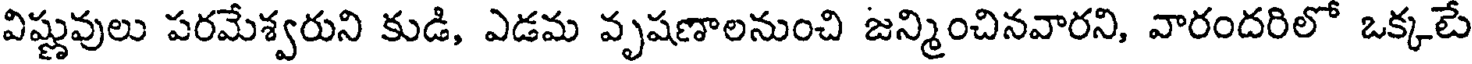
విష్ణువులు పరమేశ్వరుని కుడి, ఎడమ వృషణాలనుంచి జన్మించినవారని, వారందరిలో ఒక్కటే